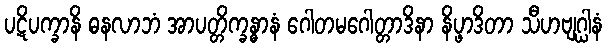
ပဋိပက္ခာနိ ဓနလာဘံ အာပတ္တိက္ခန္ဓာနံ ဂေါတမဂေါတ္တာဒိနာ နိပ္ဖာဒိတာ သီဟဗျဂ္ဃါနံ